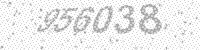
Solution: 956038